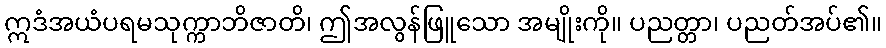
ဣဒံအယံပရမသုက္ကာဘိဇာတိ၊ ဤအလွန်ဖြူသော အမျိုးကို။ ပညတ္တာ၊ ပညတ်အပ်၏။